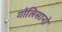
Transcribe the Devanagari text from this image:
गोलिसानो